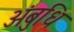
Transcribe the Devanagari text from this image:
अंबुधि